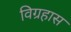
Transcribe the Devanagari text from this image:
विग्रहास